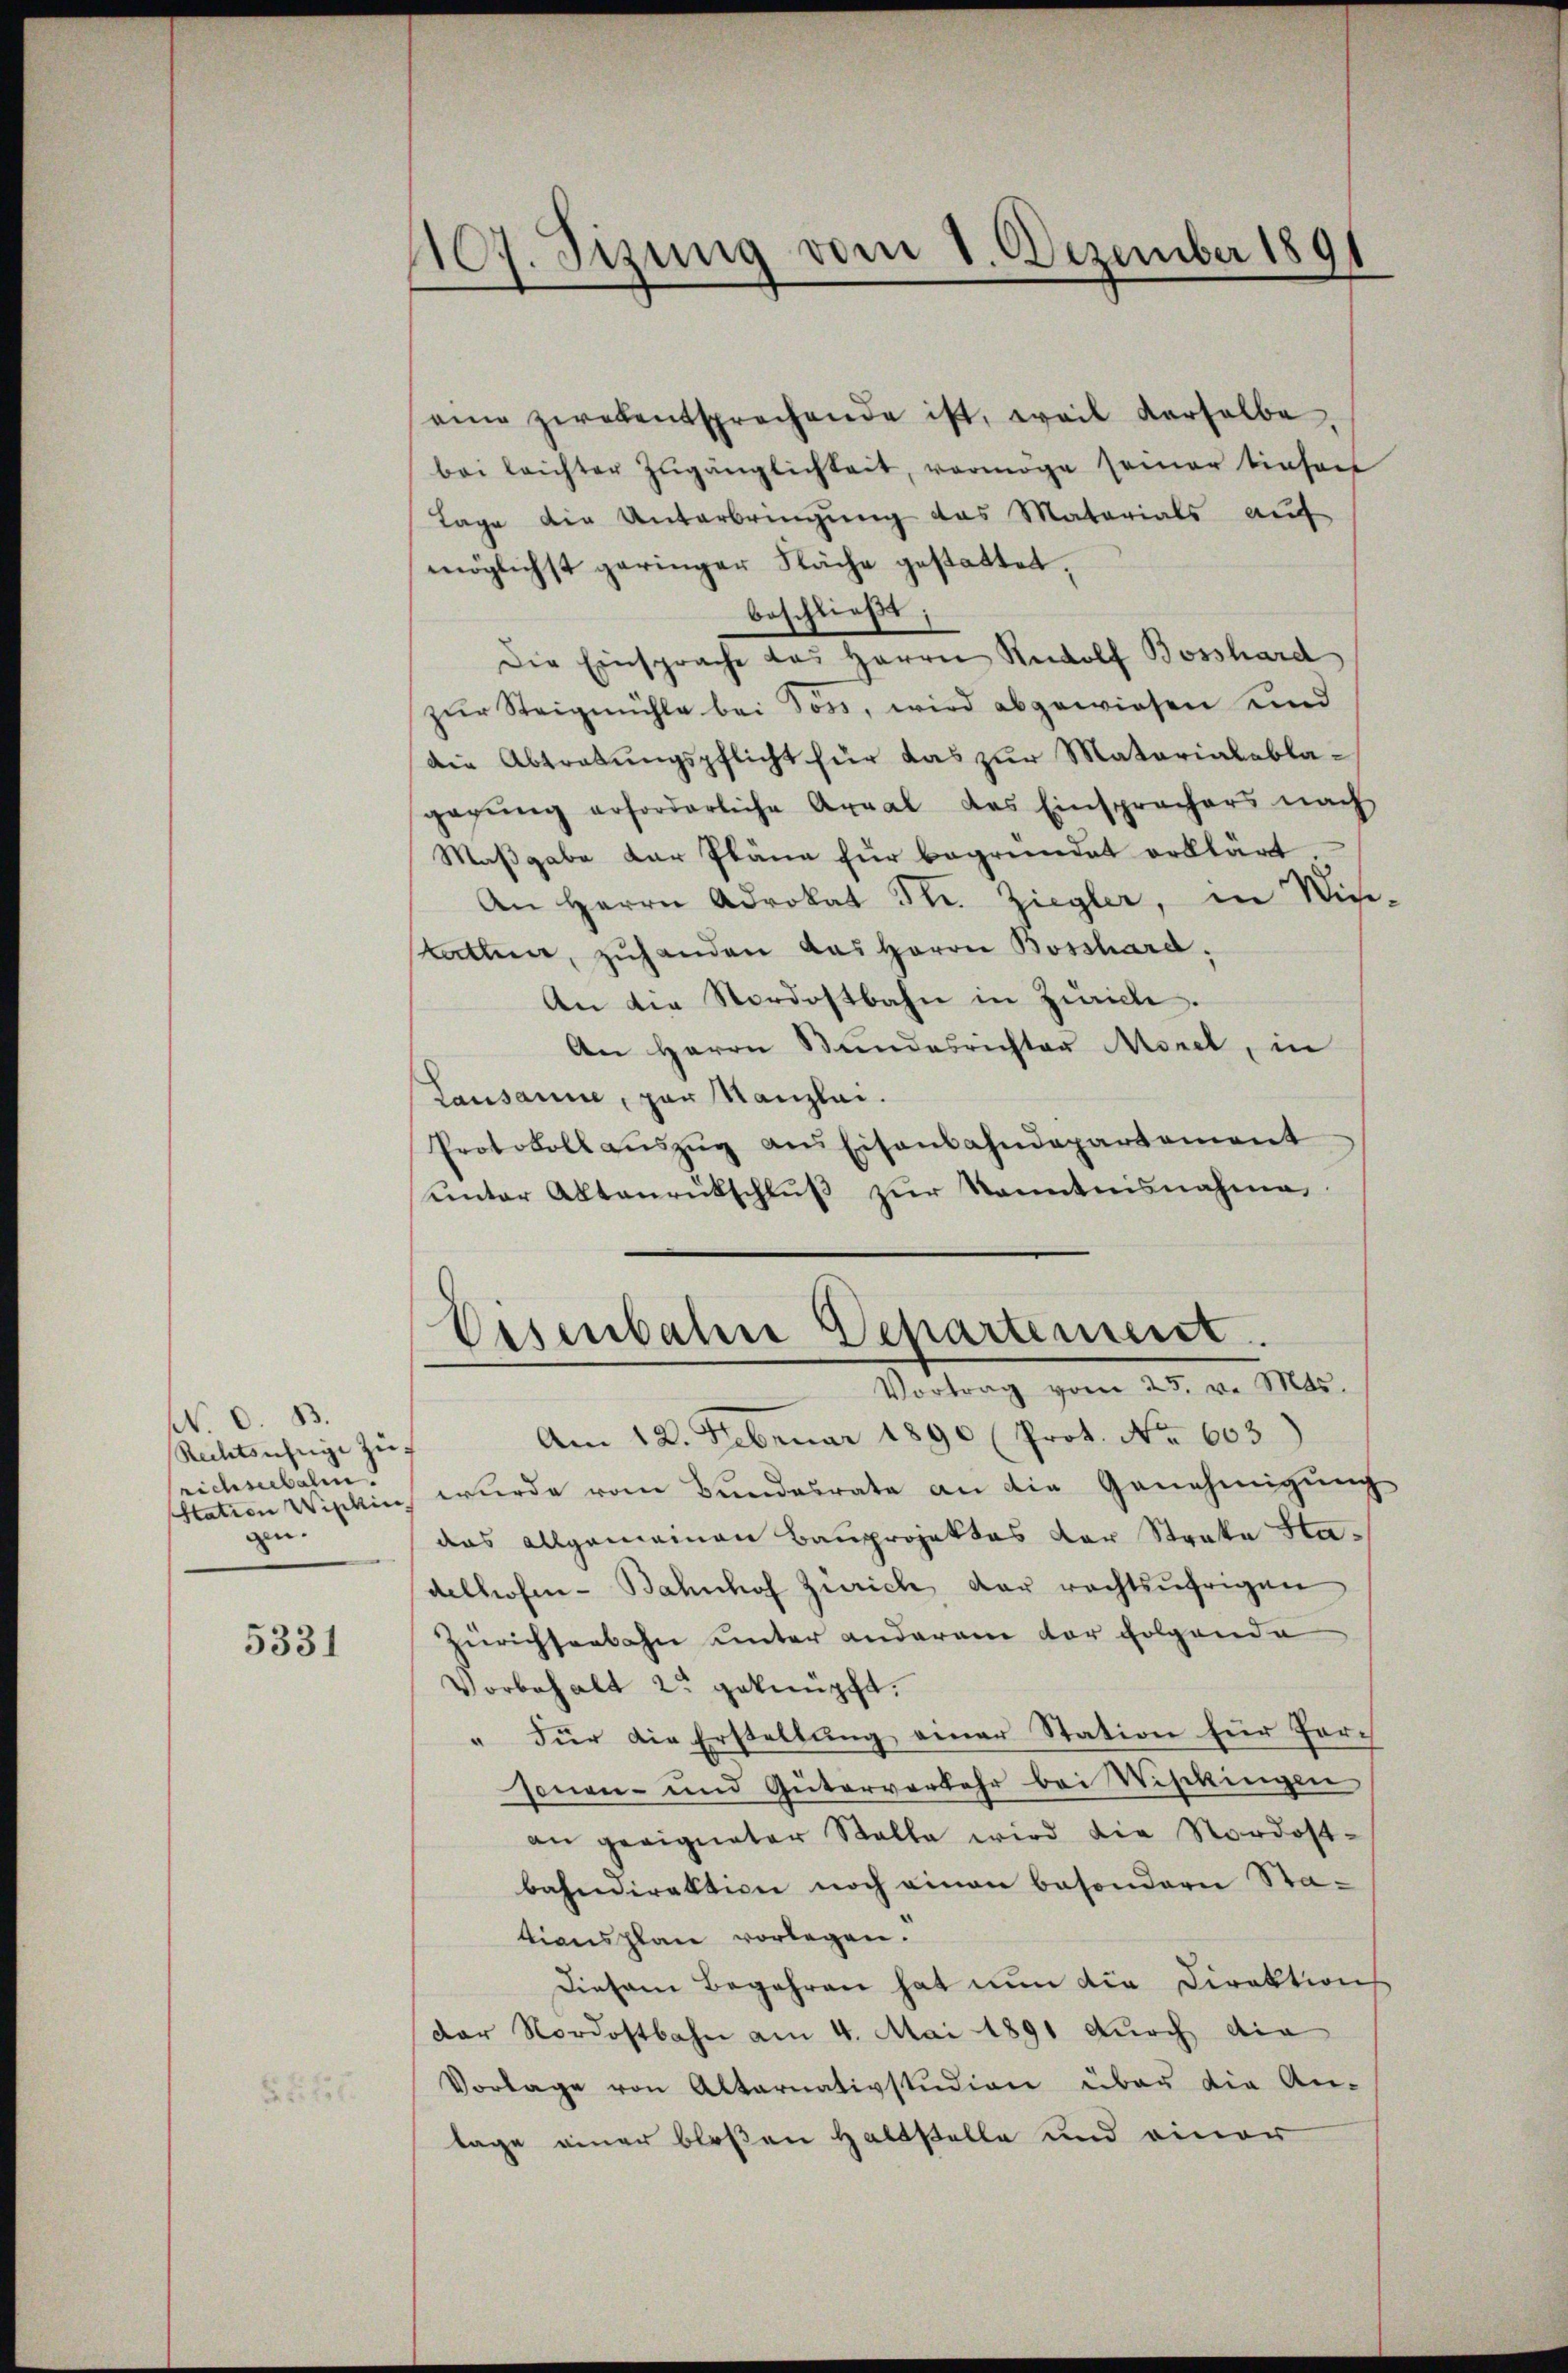
N.
Rechtsufrige zu.
richseebalen.
Station Wipkin
gen.

5331

107. Sizung vom 1. Dezember 1891

eine zwekentsprechende ist, weil derselbe,
bei leichter Zugänglichkeit, vermöge seiner Einheit
Lage die Unterbringung das Materials auf
möglichst geringer Näche gestattet.
beschließt;
Die Einsprache das Herrn Rudolf Bosshard
zur Steigmühle bei Söss, wird abgewiesen und
die Abtratungspflicht für das zur Materialablagagŭng erforderliche Areal das Einsprachers nach
Maßgabe der Pläne für begründet erklärt
An Herrn Advokat Ttr. Ziegler, in Win-
Kathe, zuhanden das Herrn Bosshard,
An die Nordostbahn in Zürich.
An Herrn Bŭndesrichter Morel, in
Lausanne, par Kanzlei.
Protokoll aŭszŭg ans Eisenbahndepartement
ŭnter Aktenrütschlŭβ zŭr kanntensnahme
Eisenbahre Departement.
Vortrag vom 25. v. Mts.
Am 12. Februar 1890 (Prot. No. 603)
wurde vom Bundesrate an die Genehmigung
das allgemeinen Bauprojektes der Strate Stadelhofen- Bahnhof Zürich, der rechtsufrigen
Zürichseebahn unter anderem vor folgende
Vorbehalt 2 geknüpft.
" Für die Erstellung einer Station für Forsonen- und Güterverkehr bei Wisckingen
an geeigneter Stalle wird die Nordostbahndiraktion noch einen besondern Stationsplan vorlegen.
Diesem Begehren hat nun die Direktion
der Nordostbahn am 4. Mai 1891 durch die
Vorlage von Altarnativstudien über die An-
lage einer bloßen Haltstelle und einer